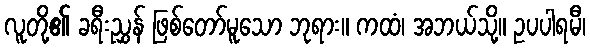
လူတို့၏ ခရီးညွှန် ဖြစ်တော်မူသော ဘုရား။ ကထံ၊ အဘယ်သို့။ ဥပပါရမီ၊